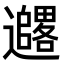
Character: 𫑓